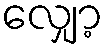
လျှော့